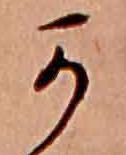
か